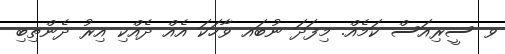
ވ ސީރިއަސް ކަމެއް. މިފަދަ ނުބައ ވާހަކަ އެއް ދެއްކި އިރު ދެންތިބި